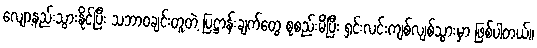
လျော့နည်းသွားနိုင်ပြီး သဘာဝချင်းတူတဲ့ ပြဋ္ဌာန်းချက်တွေ စုစည်းမိပြီး ရှင်းလင်းကျစ်လျစ်သွားမှာ ဖြစ်ပါတယ်။